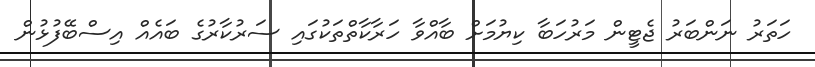
ހަތަރު ނަންބަރު ޖެޓީން މަރުހަބާ ކިޔުމަށް ބާއްވާ ހަރާކާތްތަކުގައި ސަރުކާރުގެ ބައެއް އިސްބޭފުޅުން